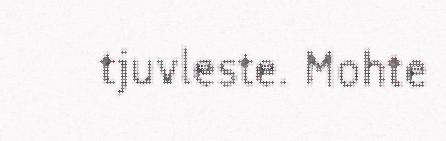
tjuvleste. Mohte